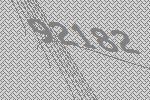
92182